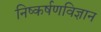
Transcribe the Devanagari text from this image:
निष्कर्षणविज्ञान